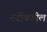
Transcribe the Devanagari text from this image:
नदीकडील